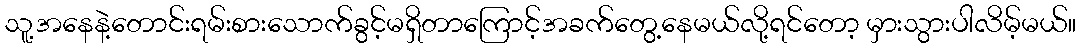
သူ့အနေနဲ့တောင်းရမ်းစားသောက်ခွင့်မရှိတာကြောင့်အခက်တွေ့နေမယ်လို့ရင်တော့ မှားသွားပါလိမ့်မယ်။